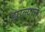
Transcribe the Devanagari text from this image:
झाल्यानॆ